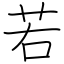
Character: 若